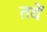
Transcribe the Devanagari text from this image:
तवें